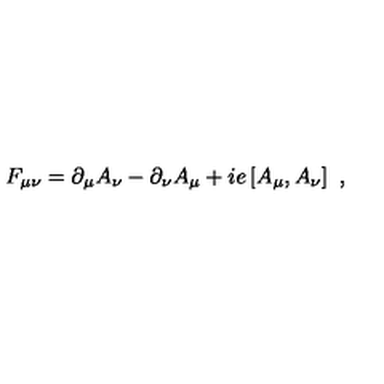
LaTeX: F _ { \mu \nu } = \partial _ { \mu } A _ { \nu } - \partial _ { \nu } A _ { \mu } + i e \left[ A _ { \mu } , A _ { \nu } \right] \ ,